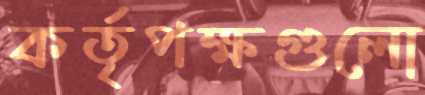
কর্তৃপক্ষগুলো